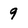
Character: 9